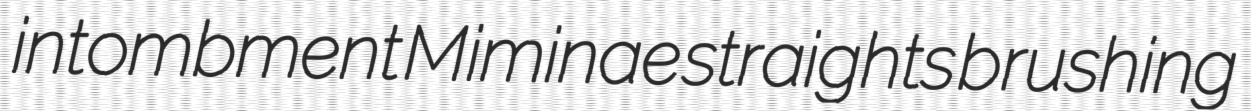
intombment Miminae straights brushing